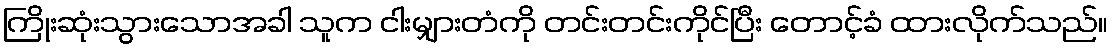
ကြိုးဆုံးသွားသောအခါ သူက ငါးမျှားတံကို တင်းတင်းကိုင်ပြီး တောင့်ခံ ထားလိုက်သည်။